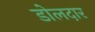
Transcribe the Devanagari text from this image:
डोलदार